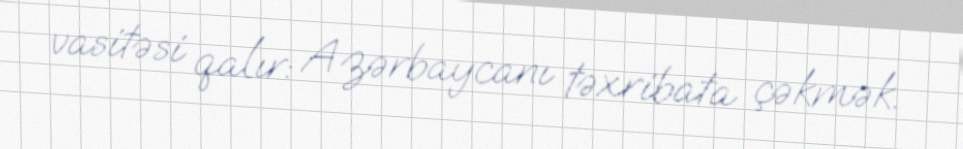
vasitəsi qalır: Azərbaycanı təxribata çəkmək.